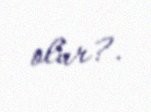
olur?.